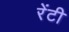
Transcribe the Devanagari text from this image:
रेंटी